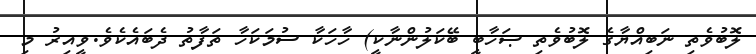
ލޮބުވެތި ނަބިއްޔާގެ ލޮބުވެތި ޞަހާބީ ބޭކަލުންނާކީ) ހާހަކާ ސުމަކަހާ ތަފާތު ދެބައެކެވެ.ވީއިރު މި